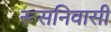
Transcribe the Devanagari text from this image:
रूसनिवासी